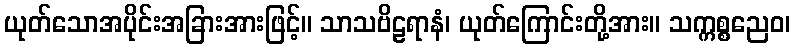
ယုတ်သောအပိုင်းအခြားအားဖြင့်။ သာသဗိဠရာနံ၊ ယုတ်ကြောင်းတို့အား။ သက္ကစ္စညေဝ၊